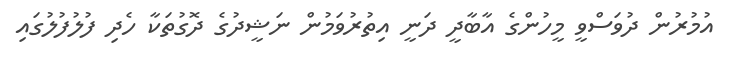
އުމުރުން ދުވަސްވީ މީހުންގެ އާބާދީ ދަނީ އިތުރުވަމުން ނަޝީދުގެ ދޮގުތަކާ ހެދި ފުލުފުލުގައި